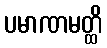
ပမာဏမတ္ထိ